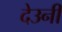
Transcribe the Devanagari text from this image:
देउनी